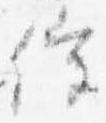
催